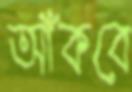
আঁকবে